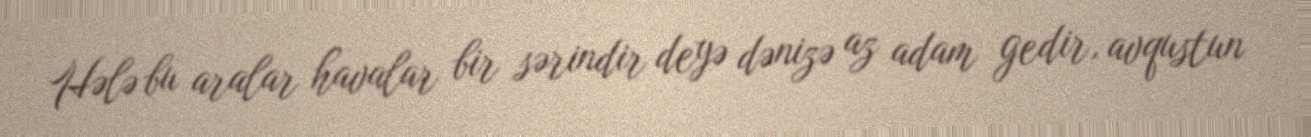
Hələ bu aralar havalar bir sərindir deyə dənizə az adam gedir, avqustun